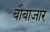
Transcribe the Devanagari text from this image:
बौबाजार